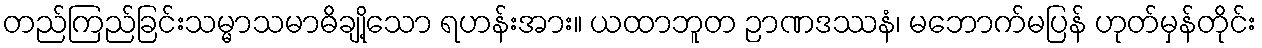
တည်ကြည်ခြင်းသမ္မာသမာဓိချို့သော ရဟန်းအား။ ယထာဘူတ ဉာဏဒဿနံ၊ မဘောက်မပြန် ဟုတ်မှန်တိုင်း